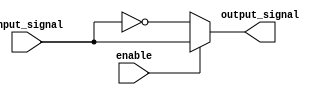
module active_low_buffer (
    input wire input_signal,
    input wire enable,
    output reg output_signal
);

always @ (input_signal, enable)
begin
    if (enable == 1'b0) // active-low enable signal
        output_signal = ~input_signal; // invert input signal
    else
        output_signal = input_signal; // pass through input signal
end

endmodule